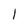
Character: 1